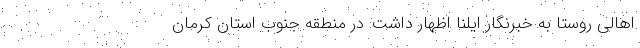
اهالی روستا به خبرنگار ایلنا اظهار داشت: در منطقه جنوب استان کرمان